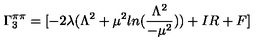
\Gamma _ { 3 } ^ { \pi \pi } = [ - 2 \lambda ( \Lambda ^ { 2 } + \mu ^ { 2 } l n ( \frac { \Lambda ^ { 2 } } { - \mu ^ { 2 } } ) ) + I R + F ]